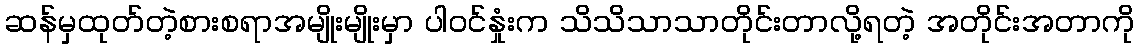
ဆန်မှထုတ်တဲ့စားစရာအမျိုးမျိုးမှာ ပါဝင်နှုံးက သိသိသာသာတိုင်းတာလို့ရတဲ့ အတိုင်းအတာကို